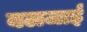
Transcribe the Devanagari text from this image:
बलजाई